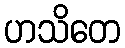
ဟသိတေ